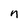
Character: n